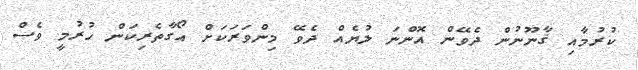
ކުރުމާއި ޤާނޫނުން ދެވޭން އޮންނަ ލުޔެއް ދެވޭ މިންވަރަކަށް އޯގާތެރިކަން ހުރުމީ ވެސް